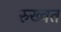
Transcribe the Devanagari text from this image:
रुख्वत